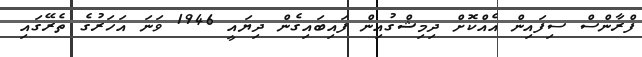
ފްރާންސް ސިފައިން އެއްކޮށް ދިމިޝްގުއިން ފައިބައިގެން ދިޔައީ 1946 ވަނަ އަހަރުގެ ތެރޭގައި